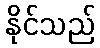
နိုင်သည်